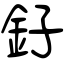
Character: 釨